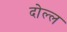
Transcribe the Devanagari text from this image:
दोल्ल